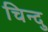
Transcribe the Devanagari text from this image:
चिन्दु